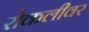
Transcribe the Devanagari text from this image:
रोकलीवर